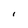
Character: I